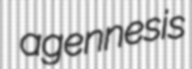
agennesis